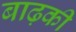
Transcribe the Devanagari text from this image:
बाढ़की